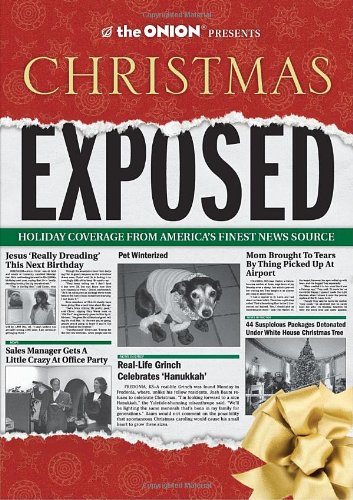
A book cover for The Onion Presents: Christmas Exposed (Onion Ad Nauseam); The Onion Staff; Politics & Social Sciences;